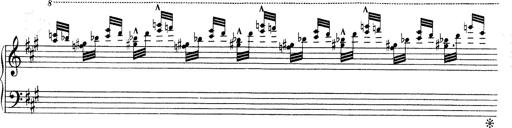
Title: Mephisto Waltz No.1
Composer: Franz Liszt